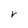
Character: r